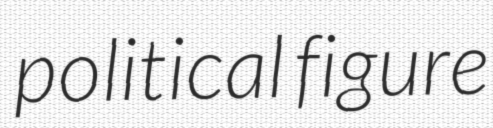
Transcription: political figure